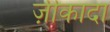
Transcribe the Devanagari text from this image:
ज़ीकादा